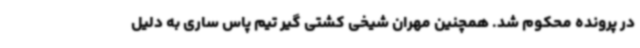
در پرونده محکوم شد. همچنین مهران شیخی کشتی گیر تیم پاس ساری به دلیل